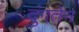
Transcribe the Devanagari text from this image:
दुंगतेन